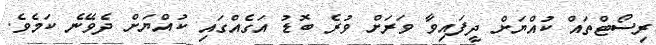
ރިސޯޓްތައް ކުއްޔަށް ދީފައިވާ ވަރަށް ވުރެ ބޮޑު އަގެއްގައި ކުއްޔަށް ދެވޭނެ ކަމެވެ.